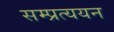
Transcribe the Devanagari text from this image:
सम्प्रत्ययन